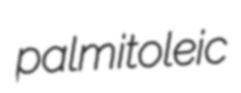
palmitoleic